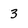
Character: 3